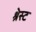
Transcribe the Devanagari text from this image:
श्रेस्ट